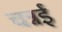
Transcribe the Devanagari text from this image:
चन्नई